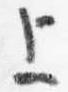
上